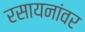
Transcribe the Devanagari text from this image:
रसायनांवर